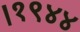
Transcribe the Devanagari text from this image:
।१९४४